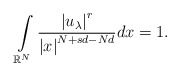
\begin{align*}\int\limits_{\mathbb{R}^{N}}\frac{\left\vert u_{\lambda}\right\vert ^{r}}{\left\vert x\right\vert^{N+sd-Nd}}dx=1.\end{align*}